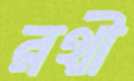
রথী